Leprosy in India: report of the Leprosy Commission in India, 1890-91
Year: 1890
Disease focus: Leprosy
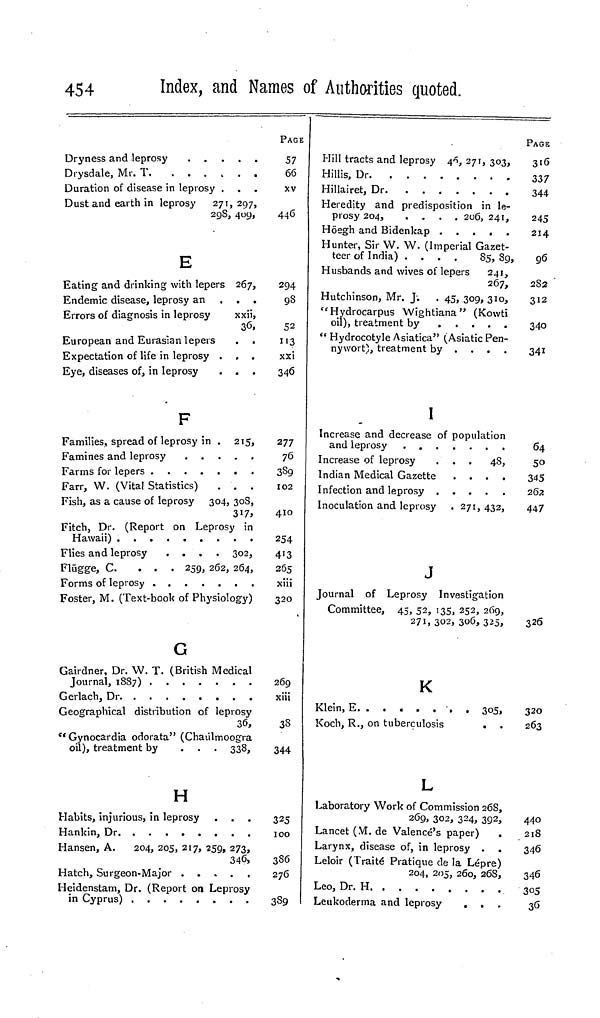
454
Index, and Names of Authorities quoted.
Drysdale, Mr.
T.
Duration of disease in leprosy .
Dust and earth in leprosy 271, 297,
298, 409,
E
Eating and drinking with lepers 267,
Endemic disease, leprosy an
...
Errors of diagnosis in leprosy
xxii,
36,
European and Eurasian lepers
Expectation of life in leprosy . , .
Eye, diseases of, in leprosy
. .
F
Families, spread of leprosy in . 215,
Famines and leprosy
Farms for lepers
Farr, W. (Vital Statistics)
. . .
Fish, as a cause of leprosy 304, 308,
317,
Fitch, Dr. (Report on Leprosy in
Hawaii)
Flies and leprosy
....
302,
Flügge, C.
...
259, 262, 264,
Foster, M. (Text-book of Physiology)
G
Gairdner, Dr. W. T. (British Medical
Journal, 1887)
Gerlach, Dr
Geographical distribution of leprosy
36,
"Gynocardia odorata" (Chaúlmoogra
oil), treatment by
...
338,
H
Habits, injurious, in leprosy
Hankin,
Dr.
Hansen, A.
204, 205, 217, 259, 273,
346,
Hatch, Surgeon-Major . . , .
Heidenstam, Dr. (Report on Leprosy
in Cyprus)
PAGE
57
66
XV
446
294
98
52
113
xxi
346
277
76
389
102
410
254
4'3
265
xiii
320
269
xiii
38
344
325
100
386
276
389
Hill tracts and leprosy 46, 271, 303,
Hillis,
Dr.
Hillairet,
Dr.
Heredity and predisposition in le-
prosy 204,
....
206, 241,
Hunter, Sir W. W. (Imperial Gazet-
teer of India) ....
85, 89,
Husbands and wives of lepers 241,
267,
Hutchinson, Mr. J. . 45, 309, 310,
"Hydrocarpus Wightiana" (Kowti
oil), treatment by
" Hydrocotyle Asiatica" (Asiatic Pen-
nywort), treatment by
....
I
Increase and decrease of population
Increase of leprosy
. . . 48,
Indian Medical Gazette
....
Inoculation and leprosy . 271, 432,
J
Journal of Leprosy Investigation
Committee, 45, 52, 135, 252, 269,
271, 302, 306, 325,
K
Koch, R., on tuberculosis
L
Laboratory Work of Commission 268,
269, 302, 324, 392,
Lancet (M. de Valence's paper)
Larynx, disease of, in leprosy .
Leloir (Traité Pratique de la Lépre)
204, 205, 260, 268,
Leo, Dr.
H.
Leukoderma and leprosy
. .
PAGE
316
337
344
245
214
96
282
312
340
341
64
50
345
262
447
326
320
263
440
218
346
346
305
36